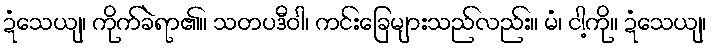
ဍံသေယျ၊ ကိုက်ခဲရာ၏။ သတပဒီဝါ၊ ကင်းခြေများသည်လည်း။ မံ၊ ငါ့ကို။ ဍံသေယျ၊